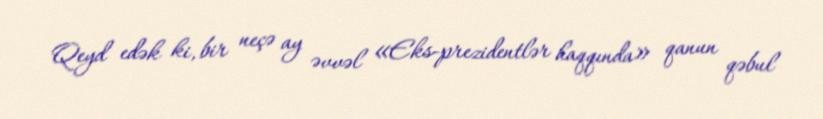
Qeyd edək ki, bir neçə ay əvvəl «Eks-prezidentlər haqqında» qanun qəbul